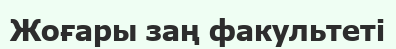
Жоғары заң факультеті